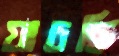
যাচছি